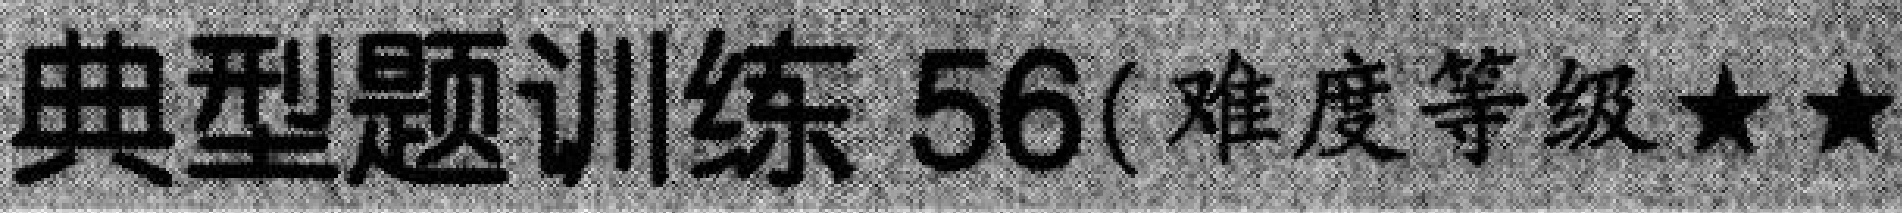
典型题训练 56(难度等级★★